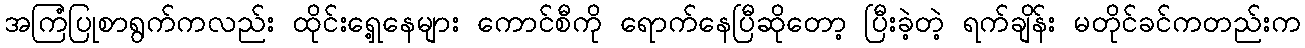
အကြံပြုစာရွက်ကလည်း ထိုင်းရှေ့နေများ ကောင်စီကို ရောက်နေပြီဆိုတော့ ပြီးခဲ့တဲ့ ရက်ချိန်း မတိုင်ခင်ကတည်းက